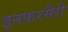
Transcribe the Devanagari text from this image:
इनफरमैरी